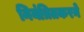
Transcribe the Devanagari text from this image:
नियंत्रितकरने